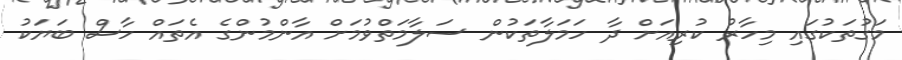
މަގުތަކުގައި މިހާރު ކުރިއަށް ދާ ހަމަލާތަކުން ސަލާމަތްވުމަށް އާންމުންގެ އެތައް ހާސް ބަޔަކު